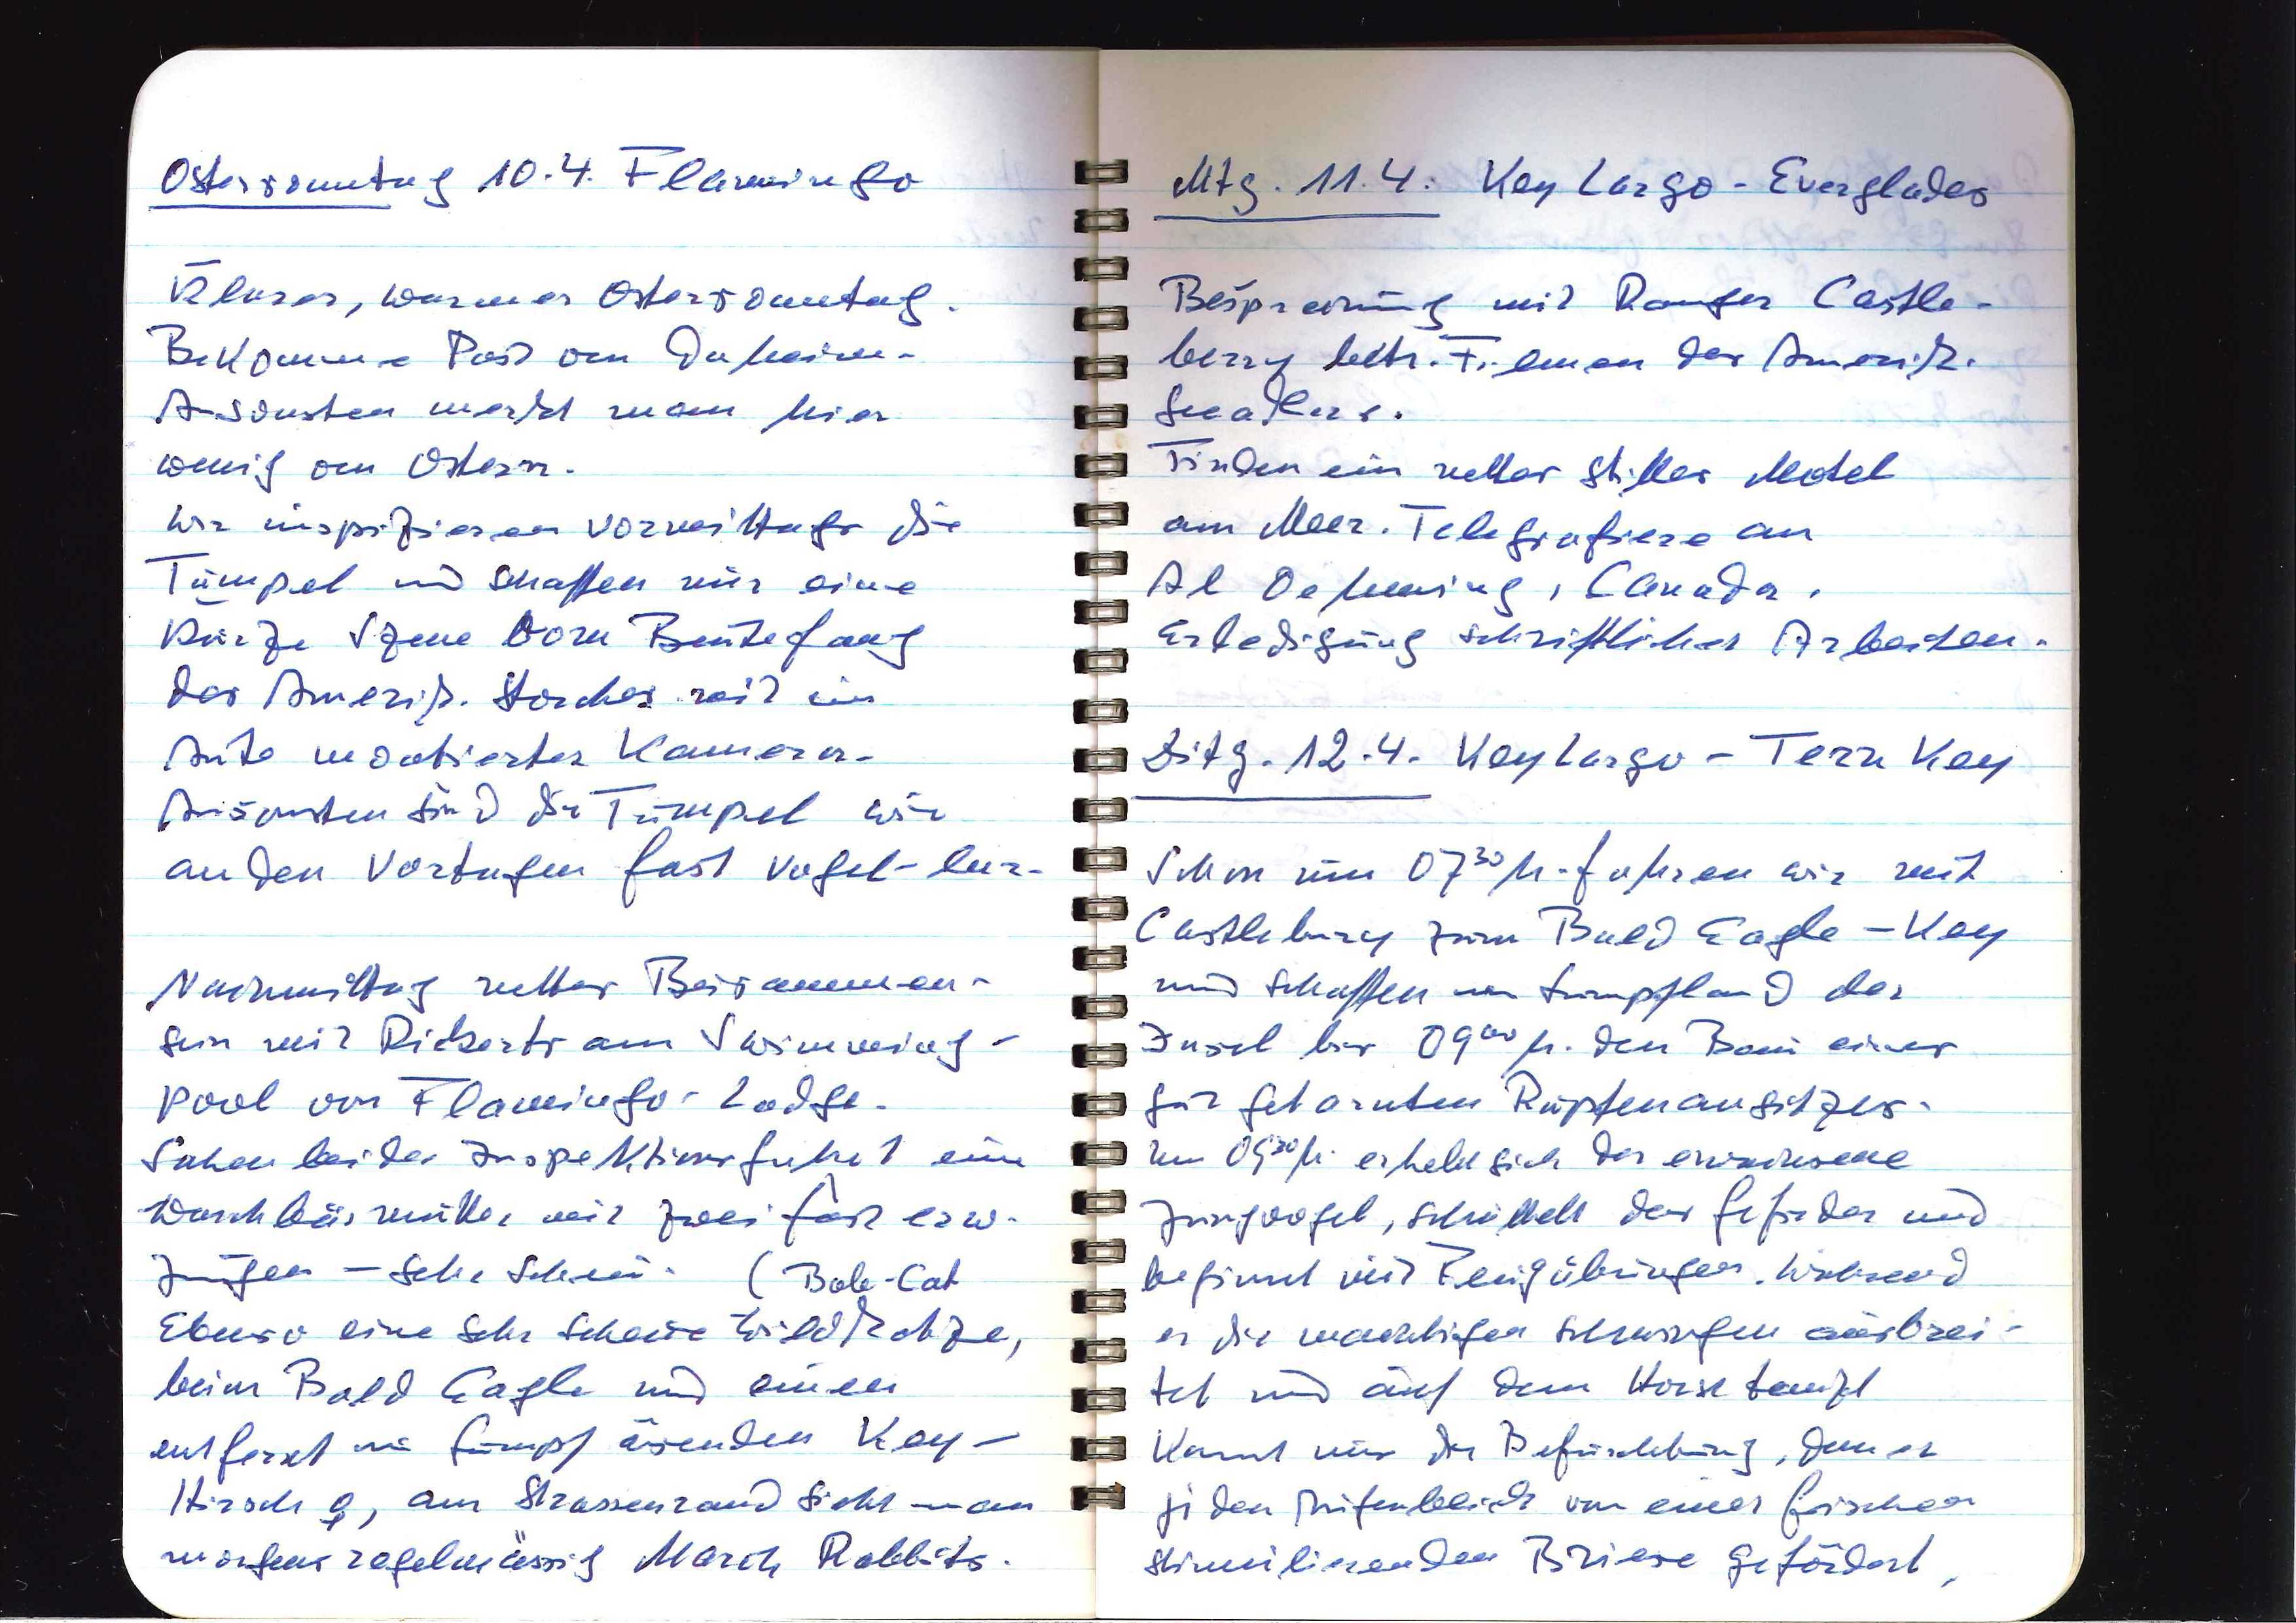
Ostersonntag 10.4. Flamingo
Klarer, warmer Ostersonntag.
Bekomme Post von Daheim.
Ansonsten merkt man hier
wenig von Ostern.
Wir inspizieren vormittags die
Tümpel und schaffen nur eine
kurze Szene vom Beutefang
des Amerik. Storches mit im
Auto montierter Kamera.
Ansonsten sind die Tümpel wie
an den Vortagen fast vogel-los.
Nachmittags nettes Beisammen¬
sein mit Rickerts am Swimming¬
pool von Flamingo-Lodge.
Sahen bei der Inspektionsfahrt eine
Waschbärmutter mit zwei fast erw.
Jungen — sehr schön (Bole-Cat
Ebenso eine sehr scheue Wildkatze,
beim Bald Eagle und einen
entfernt im Sumpf äsenden Key¬
Hirsch ♀, am Strassenrand sieht man
morgens regelmässig March Rabbits.

Mtg. 11.4. Key Largo — Everglades
Besprechung mit Ranger Castle¬
burry betr. Filmen des Amerik.
Seeadlers.
Finden ein nettes stilles Motel
am Meer. Telegrafiere an
Al Oenning, Canada.
Erledigung schriftlicher Arbeiten.
Ditg. 12.4. Key Largo — Tern Key
Schon um 0730h. fahren wir mit
Castleburry zum Bald Eagle-Key
und schaffen im Sumpfland der
Insel bis 0900h. den Bau eines
gut getarnten Rupfenansitzes.
Um 0930h. erhebt sich der erwachsene
Jungvogel, schüttelt das Gefieder und
beginnt mit Flugübungen. Während
er die mächtigen Schwingen ausbrei¬
tet und auf dem Horst tanzt
kommt mir die Befürchtung, dass er
in dem Augenblick von einer frischen
stimulierenden Briese gefördert,